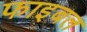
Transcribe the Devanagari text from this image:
फाइबल